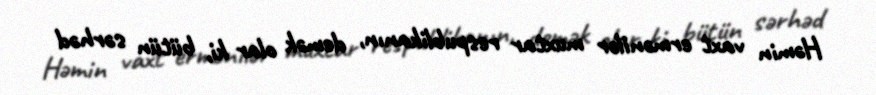
Həmin vaxt ermənilər muxtar respublikanın, demək olar ki, bütün sərhəd